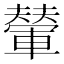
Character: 𫏼